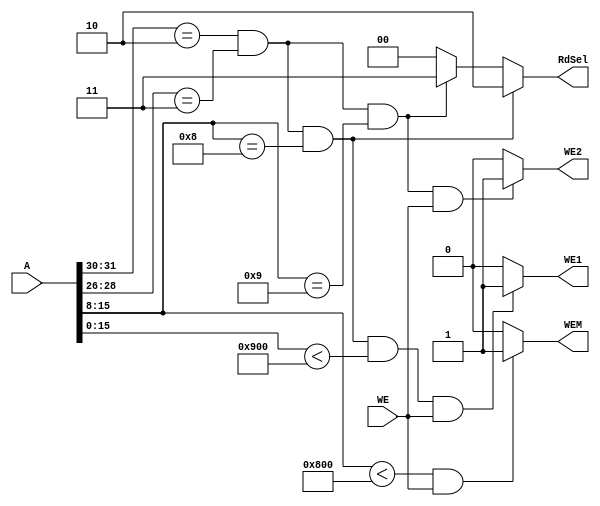
module system_AD(
        input WE,
        input [31:0] A,
        output WEM,
        output WE1,
        output WE2,
        output reg [1:0] RdSel
    );
    
    assign WE1 = (A[31:30] == 2'b10 && A[28:26] == 3'b011 && A[15:8] == 8'H08 && A[15:0] < 16'H900 && WE) ? 1 : 0;
    assign WE2 = (A[31:30] == 2'b10 && A[28:26] == 3'b011 && A[15:8] == 8'H09 && WE) ? 1 : 0;
    assign WEM = (A[15:8] < 32'H800 && WE) ? 1 : 0;
    
    always @ (A) begin
        
        if (A[31:30] == 2'b10 && A[28:26] == 3'b011 && A[15:8] == 8'b00001000) RdSel <= 2'b10;
        else if (A[31:30] == 2'b10 && A[28:26] == 3'b011 && A[15:8] == 8'b00001001) RdSel <= 2'b11;   
        else RdSel <= 2'b00; 
    end
    
    
    
endmodule